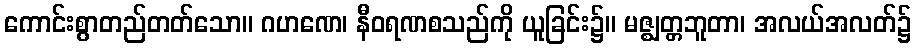
ကောင်းစွာတည်တတ်သော။ ဂဟဏေ၊ နီဝရဏစသည်ကို ယူခြင်း၌။ မဇ္ဈတ္တဘူတာ၊ အလယ်အလတ်၌